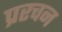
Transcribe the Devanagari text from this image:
प्ररचन